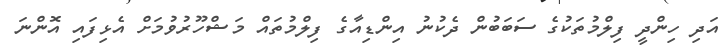
އަދި ހިންދީ ފިލްމުތަކުގެ ސަބަބުން ދެކުނު އިންޑިއާގެ ފިލްމުތައް މަޝްހޫރުވުމަށް އެޅިފައި އޮންނަ